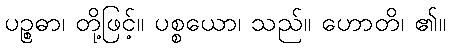
ပဉ္စဓာ၊ တို့ဖြင့်။ ပစ္စယော၊ သည်။ ဟောတိ၊ ၏။